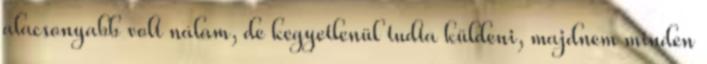
alacsonyabb volt nálam, de kegyetlenül tudta küldeni, majdnem minden